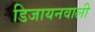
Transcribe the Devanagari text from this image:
डिजायनवाली